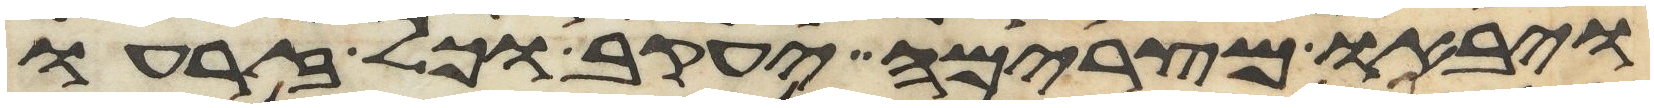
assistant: ויבאו מצרימה יעקב וכל זרעו